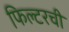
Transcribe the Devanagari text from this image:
फिल्टरची